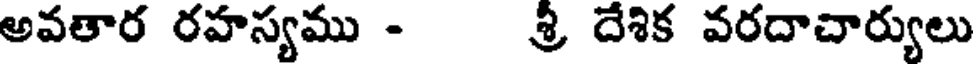
అవతార రహస్యము - శ్రీ దేశిక వరదాచార్యులు